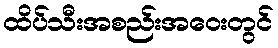
ထိပ်သီးအစည်းအဝေးတွင်